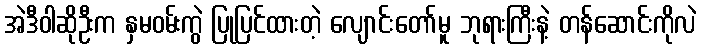
အဲဒီဝါဆိုဦးက နှမဝမ်းကွဲ ပြုပြင်ထားတဲ့ လျောင်းတော်မူ ဘုရားကြီးနဲ့ တန်ဆောင်းကိုလဲ